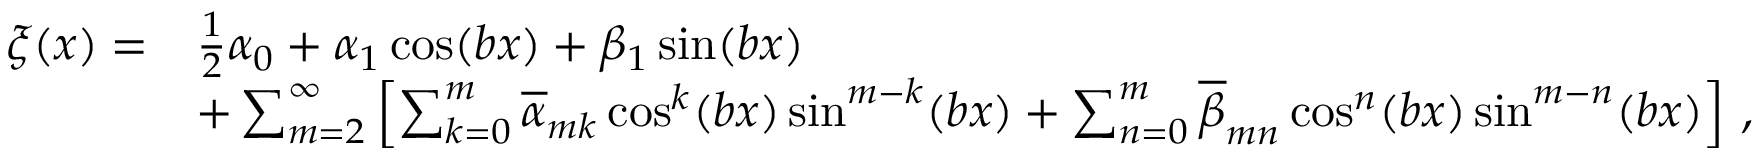
\begin{array} { r l } { \xi ( x ) = } & { \frac 1 2 \alpha _ { 0 } + \alpha _ { 1 } \cos ( b x ) + \beta _ { 1 } \sin ( b x ) } \\ & { + \sum _ { m = 2 } ^ { \infty } \left[ \sum _ { k = 0 } ^ { m } \overline { { \alpha } } _ { m k } \cos ^ { k } ( b x ) \sin ^ { m - k } ( b x ) + \sum _ { n = 0 } ^ { m } \overline { { \beta } } _ { m n } \cos ^ { n } ( b x ) \sin ^ { m - n } ( b x ) \right] \, , } \end{array}